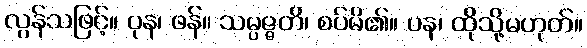
လွန်သဖြင့်။ ပုန၊ ဖန်။ သမ္ပဇ္ဇတိ၊ စပ်မိ၏။ ပန၊ ထိုသို့မဟုတ်။